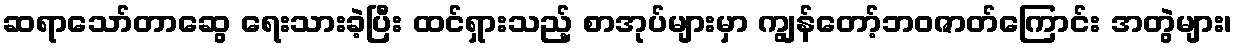
ဆရာသော်တာဆွေ ရေးသားခဲ့ပြီး ထင်ရှားသည့် စာအုပ်များမှာ ကျွန်တော့်ဘဝဇာတ်ကြောင်း အတွဲများ၊